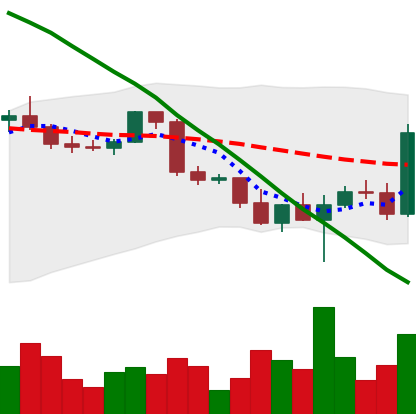
Ticker: BTC-USD
Chart end date: 2022-02-28
Forward return: -8.781%
Label: down_7plus